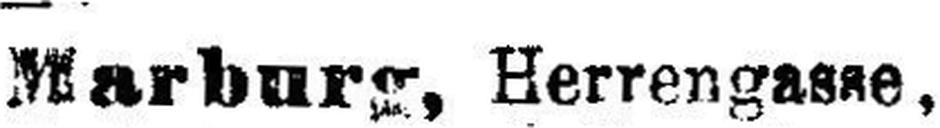
Marburg, Herrengasse,